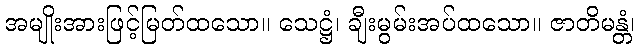
အမျိုးအားဖြင့်မြတ်ထသော။ သေဋ္ဌံ၊ ချီးမွမ်းအပ်ထသော။ ဇာတိမန္တံ၊